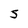
Character: 5